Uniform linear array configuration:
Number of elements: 8
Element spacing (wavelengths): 1
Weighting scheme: cosine
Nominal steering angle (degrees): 45
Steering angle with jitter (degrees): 46.863
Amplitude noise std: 0.05
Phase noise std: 0.05

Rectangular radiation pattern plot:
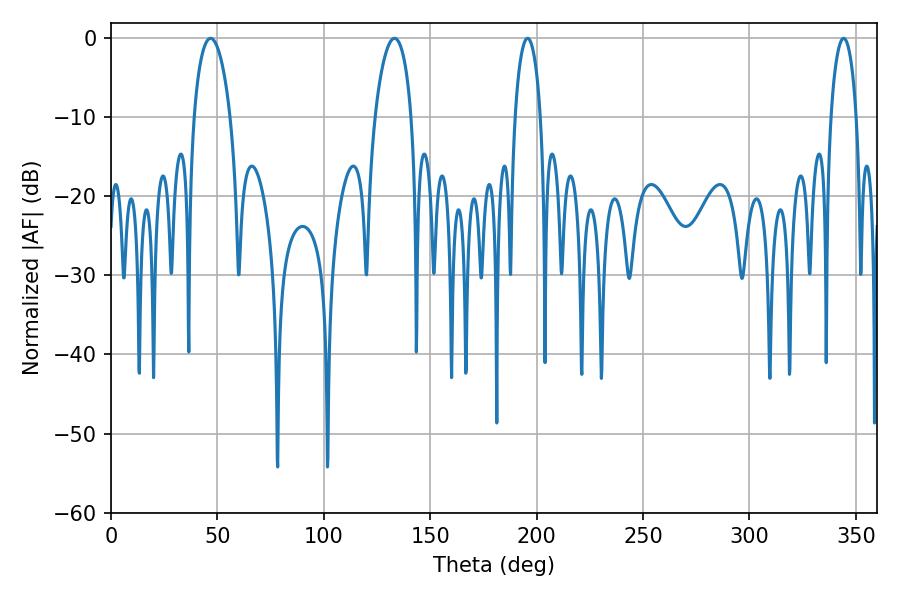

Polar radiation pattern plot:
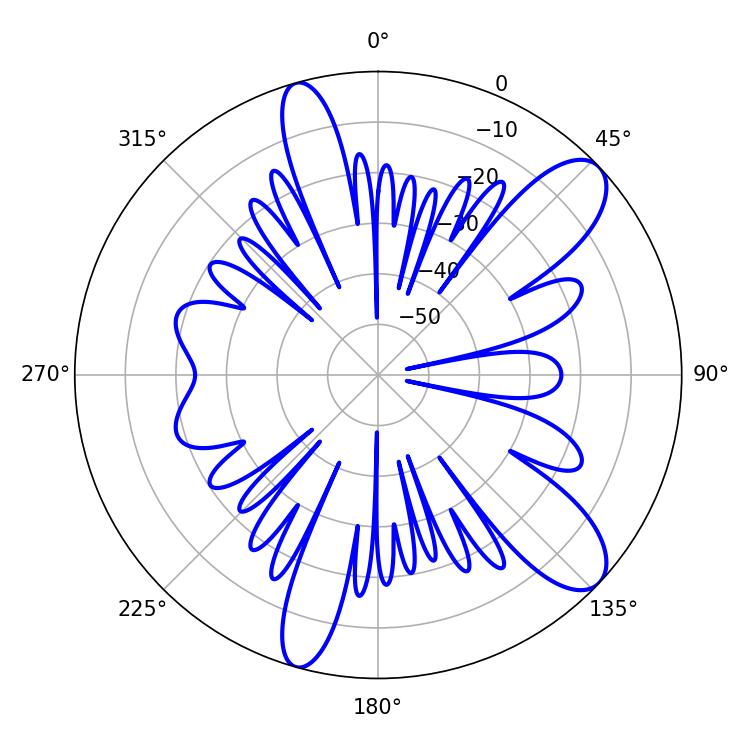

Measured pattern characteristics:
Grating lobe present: TRUE
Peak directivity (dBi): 10.223
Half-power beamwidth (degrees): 9.72
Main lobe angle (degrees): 133.2